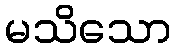
မသိသော